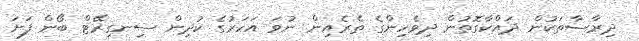
ދިރާސާތަކުން ދައްކާގޮތުން ދިވެހިންގެ ތެރެއިން ނުވަ އަހަރުގެ ކުދިން ސިނގިރޭޓް ބޯން ފަށަ